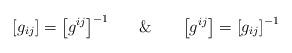
LaTeX: \begin{align*}\left[g_{ij}\right]=\left[g^{ij}\right]^{-1}\,\,\,\,\,\,\,\,\,\,\&\,\,\,\,\,\,\,\,\,\,\left[g^{ij}\right]=\left[g_{ij}\right]^{-1}\end{align*}